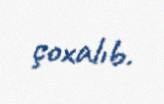
çoxalıb.